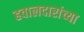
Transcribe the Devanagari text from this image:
हवालदारांच्या